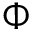
\Phi